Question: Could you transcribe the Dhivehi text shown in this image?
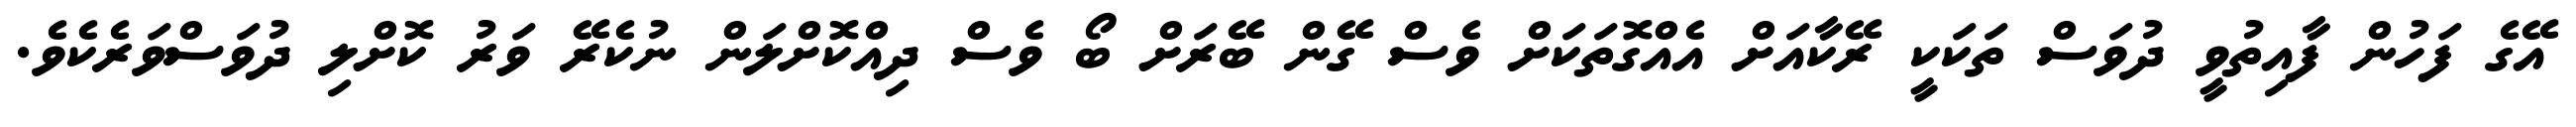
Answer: އޭގެ ފަހުން ފާއިތުވީ ދުވަސް ތަކަކީ ރޭކާއަށް އެއްގޮތަކަށް ވެސް ގޭން ބޭރަށް ބޯ ވެސް ދިއްކޮށްލަން ނުކެރޭ ވަރު ކޮށްލި ދުވަސްވަރެކެވެ.